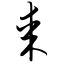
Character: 某